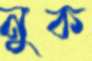
নুক